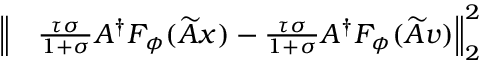
\begin{array} { r l } { \Bigl \| } & { { } \frac { \tau \sigma } { 1 + \sigma } A ^ { \dagger } F _ { \phi } ( \widetilde { A } x ) - \frac { \tau \sigma } { 1 + \sigma } A ^ { \dagger } F _ { \phi } ( \widetilde { A } v ) \Bigr \| _ { 2 } ^ { 2 } } \end{array}